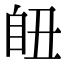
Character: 𦤊